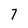
Character: 7